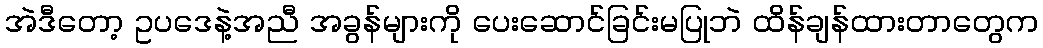
အဲဒီတော့ ဥပဒေနဲ့အညီ အခွန်များကို ပေးဆောင်ခြင်းမပြုဘဲ ထိန်ချန်ထားတာတွေက